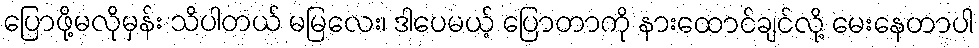
ပြောဖို့မလိုမှန်း သိပါတယ် မမြလေး၊ ဒါပေမယ့် ပြောတာကို နားထောင်ချင်လို့ မေးနေတာပါ